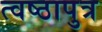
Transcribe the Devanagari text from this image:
त्वष्ठापुत्र